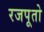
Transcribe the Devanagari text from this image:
रजपूतो